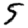
Digit: 5